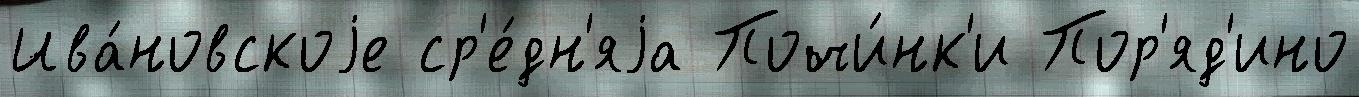
Ива́новскоjе ср'е́дн'яjа Почи́нк'и Пор'яд'ино